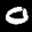
Label: 0